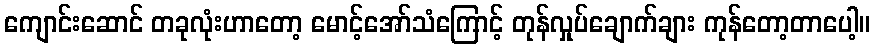
ကျောင်းဆောင် တခုလုံးဟာတော့ မောင့်အော်သံကြောင့် တုန်လှုပ်ချောက်ချား ကုန်တော့တာပေါ့။